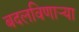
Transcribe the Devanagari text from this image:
बदलविणाऱ्या